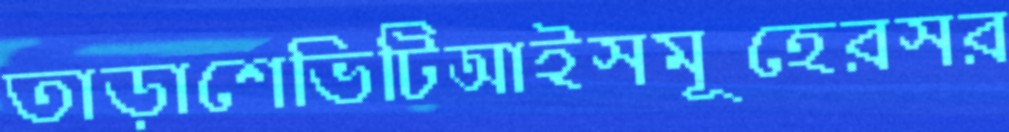
তাড়াশেভিটিআইসমূহেরসর